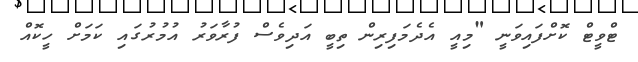
ޓްވީޓް ކޮށްފައިވަނީ "މިއީ އެދެމަފިރިން ތިބީ އަދިވެސް ފުރާވަރު އުމުރުގައި ކަމަށް ހީކޮއް